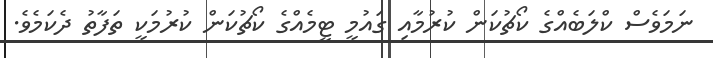
ނަމަވެސް ކްލަބެއްގެ ކޯޗުކަން ކުރުމާއި ގައުމީ ޓީމެއްގެ ކޯޗުކަން ކުރުމަކީ ތަފާތު ދެކަމެވެ.